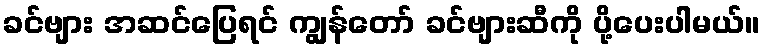
ခင်ဗျား အဆင်ပြေရင် ကျွန်တော် ခင်ဗျားဆီကို ပို့ပေးပါမယ်။